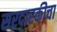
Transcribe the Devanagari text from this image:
सरदारकीचा